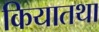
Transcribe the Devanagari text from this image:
कियातथा